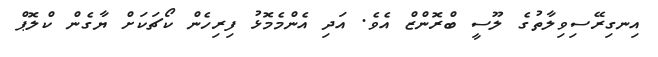
އިނގިރޭސިވިލާތުގެ ލޫސީ ބްރޮންޒް އެވެ. އަދި އެންމެމޮޅު ފިރިހެން ކޯޗަކަށް ޔާގެން ކްލޮޕް